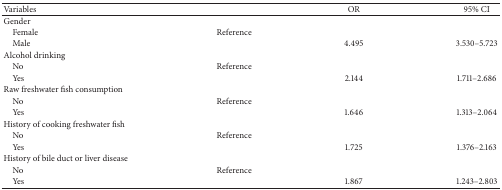
<table><thead><tr><td><b>Variables</b></td><td><b> </b></td><td><b>OR</b></td><td><b>95% CI</b></td></tr></thead><tbody><tr><td>Gender</td><td> </td><td> </td><td> </td></tr><tr><td> Female</td><td>Reference</td><td> </td><td> </td></tr><tr><td> Male</td><td> </td><td>4.495</td><td>3.530–5.723</td></tr><tr><td>Alcohol drinking</td><td> </td><td> </td><td> </td></tr><tr><td> No</td><td>Reference</td><td> </td><td> </td></tr><tr><td> Yes</td><td> </td><td>2.144</td><td>1.711–2.686</td></tr><tr><td>Raw freshwater fish consumption</td><td> </td><td> </td><td> </td></tr><tr><td> No</td><td>Reference</td><td> </td><td> </td></tr><tr><td> Yes</td><td> </td><td>1.646</td><td>1.313–2.064</td></tr><tr><td>History of cooking freshwater fish</td><td> </td><td> </td><td> </td></tr><tr><td> No</td><td>Reference</td><td> </td><td> </td></tr><tr><td> Yes</td><td> </td><td>1.725</td><td>1.376–2.163</td></tr><tr><td>History of bile duct or liver disease</td><td> </td><td> </td><td> </td></tr><tr><td> No</td><td>Reference</td><td> </td><td> </td></tr><tr><td> Yes</td><td> </td><td>1.867</td><td>1.243–2.803</td></tr></tbody></table>